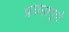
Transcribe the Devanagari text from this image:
प्रर्थनापूर्ण